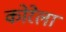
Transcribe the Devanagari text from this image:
कोरेला